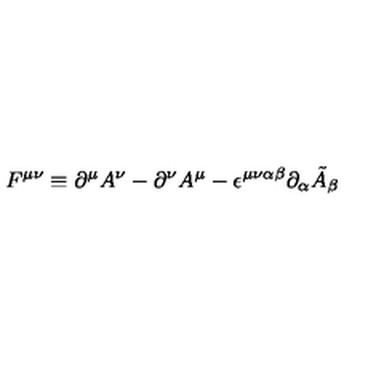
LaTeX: F ^ { \mu \nu } \equiv \partial ^ { \mu } A ^ { \nu } - \partial ^ { \nu } A ^ { \mu } - \epsilon ^ { \mu \nu \alpha \beta } \partial _ { \alpha } \tilde { A } _ { \beta }